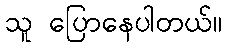
သူ ပြောနေပါတယ်။